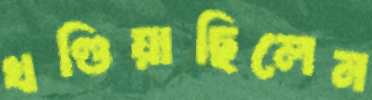
খণ্ডিয়াছিলেন